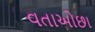
વતાઓછા